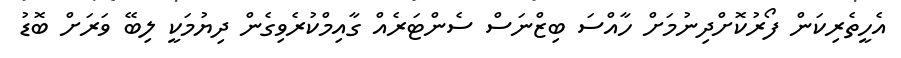
އެހީތެރިކަން ފޯރުކޮށްދިނުމަށް ހާއްސަ ބިޒްނަސް ސެންޓަރެއް ގާއިމްކުރެވިގެން ދިޔުމަކީ ލިބޭ ވަރަށް ބޮޑު